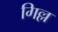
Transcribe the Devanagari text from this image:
गिल्ल